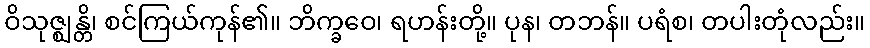
ဝိသုဇ္ဈန္တိ၊ စင်ကြယ်ကုန်၏။ ဘိက္ခဝေ၊ ရဟန်းတို့။ ပုန၊ တဘန်။ ပရံစ၊ တပါးတုံလည်း။